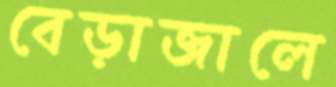
বেড়াজালে